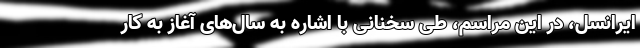
ایرانسل، در این مراسم، طی سخنانی با اشاره به سال‌های آغاز به کار